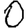
Digit: 0